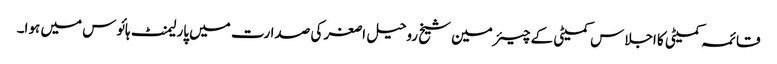
قائمہ کمیٹی کا اجلاس کمیٹی کے چیئرمین شیخ روحیل اصغر کی صدارت میں پارلیمنٹ ہائوس میں ہوا۔